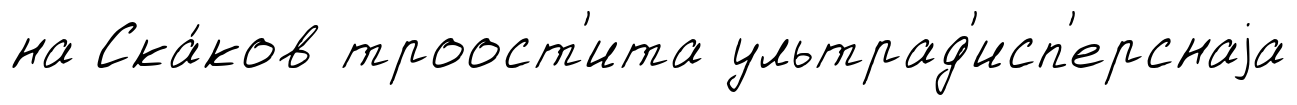
на Ска́ков троост'ита ультрад'исп'ерснаjа